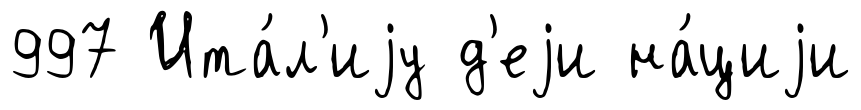
997 Ита́л'иjу д'еjи на́циjи